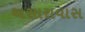
અસારાવાસ